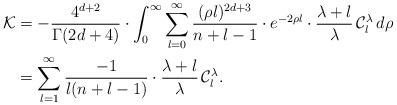
LaTeX: \begin{align*}\mathcal K&=-\frac{4^{d+2}}{\Gamma(2d+4)}\cdot\int_0^\infty\sum_{l=0}^\infty\frac{(\rho l)^{2d+3}}{n+l-1} \cdot e^{-2\rho l}\cdot\frac{\lambda+l}{\lambda}\,\mathcal C_l^\lambda\,d\rho\\&=\sum_{l=1}^\infty\frac{-1}{l(n+l-1)}\cdot\frac{\lambda+l}{\lambda}\,\mathcal C_l^\lambda.\end{align*}